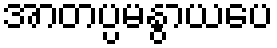
အာတပ္ပမနွာယပေ